Report of the King Institute of Preventive Medicine, Guindy
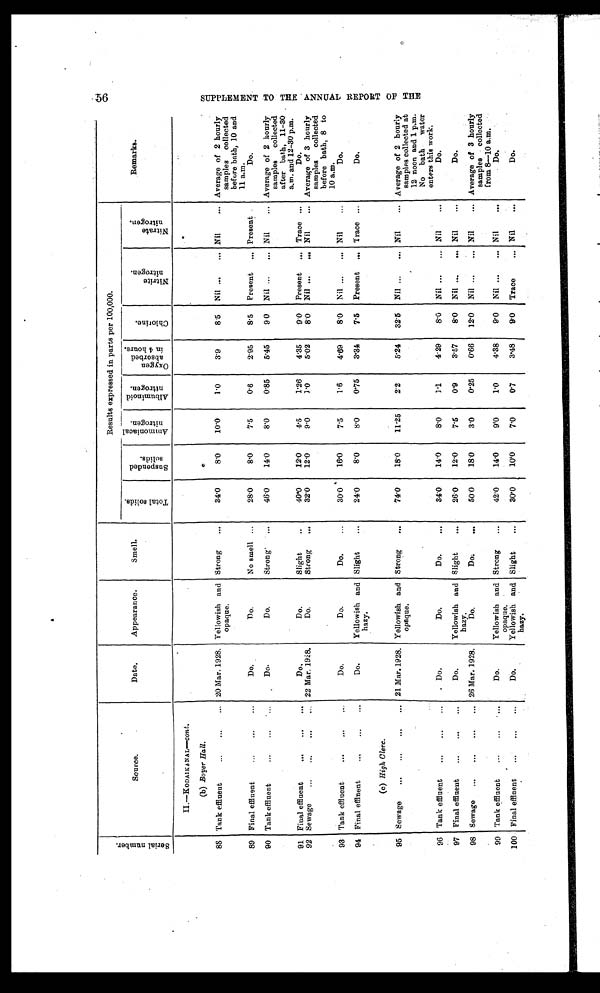
s e r i a l n u m b e r .
Source.
Date.
Appearance.
Smell.
Results expressed in parts per 100.000.
Remarks.
T o t a l s o l i d s .
S u s p e n d e d
s o l i d s .
A m m o n i a c a l
n i t r o g e n .
A l b u m i n o i d
n i t r o g e n .
Oxygen abs or bed
i n 4 hour s .
C h l o r i n e .
N i t r i t e
n i t r o g e n .
N i t r a t e
n i t r o g e n .
II.-KODAIKANAL-cont.
(b) Boyer Hall.
88 Tank effluent
...
...
... 20 Mar. 1928. Yellowish and
opaque.
Strong
...
34.0
8.0
10.0
1 . 0
3.9
8.5
Nil ...
... Nil
... Average of 2 hourly
samples
collected
before bath, 10 and
11 a.m.
89 Final effluent
...
...
...
Do.
Do.
No smell ...
28.0
8.0
7.5
0.6
2.95
8.5
Present
... Present
Do.
90 Tank effluent
...
...
...
Do.
Do.
Strong
...
46.0
14.0
8.0
0.85
5.45
9.0
Nil ...
... Nil
... Average of 2 hourly
samples
collected
after bath, 11-30
a.m. and 12-30 p.m.
91 Final effluent
...
...
...
D o .
Do.
Slight
...
40.0
12.0
4.5
1.26
4.35
9.0
Present
... Trace ...
Do.
92 Sewage
...
...
... 22 Mar. 1928.
Do.
Strong
...
32.0
12.0
9.0
1 . 0
5.02
8.0
Nil ...
... Nil
... Average of 3 hourly
samples
collected
before bath, 8 to
10 a.m.
93 Tank effluent
...
...
. . .
Do.
Do.
Do.
...
30.0
16.0
7.5
1.6
4.69
8.0
Nil ...
... Nil
...
Do.
94 Final effluent
...
...
...
Do.
Yellowish and
hazy.
Slight
...
24.0
8.0
8.0
0.75
3.34
7.5
Present
... Trace ...
Do.
(c) High Clerc.
95 Sewage
...
...
..,
... 21 Mar. 1928. Yellowish and
opaque.
Strong
...
74.0
18.0
11.25
2.2
5.24
32.5
Nil ...
... Nil
... Average of 2 hourly
samples collected at
12 noon and 1 p.m.
No
bath
water
enters this work.
96 Tank effluent
...
...
...
Do.
Do.
Do.
. . .
34.0
14.0
8.0
1.1
4.29
8.0
Nil ...
... Nil
...
Do.
97 Final effluent
...
...
Do.
Yellowish and
hazy.
Slight
...
26.0
12.0
7.5
0.9
3.57
8.0
Nil ...
... Nil
...
Do.
98 Sewage
...
...
...
... 26 Mar. 1928.
Do.
Do.
...
50.0
18.0
3.0
0.25
0.66
12. 0
Nil ...
... Nil
... Average of 3 hourly
samples
collected
from 8― 10 a.m.
99 Tank effluent
...
...
...
Do.
Yellowish and
opaque.
Strong
...
42.0
14.0
9.0
1.0
4.38
9.0
Nil ...
... Nil
...
Do.
100 Final effluent
...
...
Do.
Yellowish and
hazy.
Slight
...
30.0
10.0
7.0
0.7
3.48
9.0
Trace
... Nil
...
Do.
s U P P L E M E N T T O T H E A N N U A L R E P O R T O F T H E